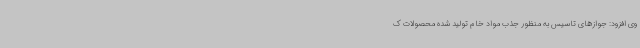
وی افزود: جوازهای تاسیس به منظور جذب مواد خام تولید شده محصولات ک